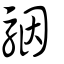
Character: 駰